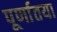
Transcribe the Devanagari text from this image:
पूर्णातया